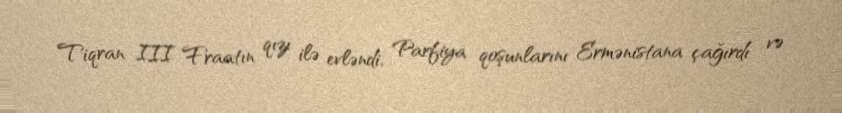
Tiqran III Fraatın qızı ilə evləndi, Parfiya qoşunlarını Ermənistana çağırdı və